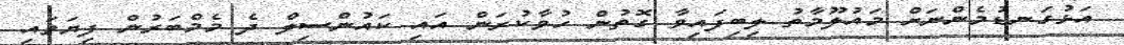
އަޅުގަނޑުމެންނަށް މައުލޫމާތު ލިބިފައިވާ ގޮތުން ހުވާކުރަން އައި ކައުންސިލް ދެ މެމްބަރުން ފިޔަވައި